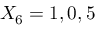
X _ { 6 } = 1 , 0 , 5